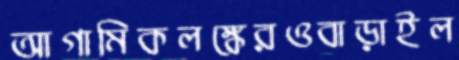
আগামিকলঙ্কেরওবাড়াইল